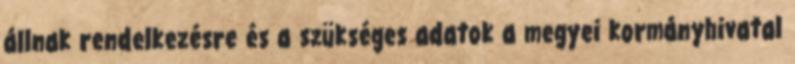
állnak rendelkezésre és a szükséges adatok a megyei kormányhivatal